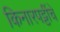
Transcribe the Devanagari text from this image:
किनारपट्टींचे